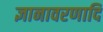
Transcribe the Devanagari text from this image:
ज्ञानावरणादि